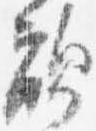
敵